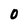
Character: O